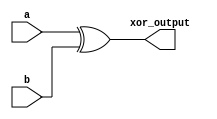
module xor_gate (
    input a,
    input b,
    output xor_output
);

assign xor_output = a ^ b;

endmodule